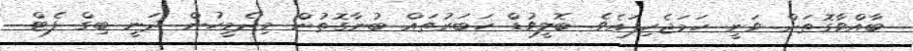
ބާއްވާގޮތަށް ވަނީ ހަމަޖެހިފައެވެ. ބޮލީވުޑް ހަބަރުތައް ބުނާގޮތުން މިދެމީހުން ދަނީ ބިގް ފެޓް